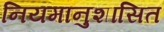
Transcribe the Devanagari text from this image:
नियमानुशासित